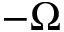
- \Omega